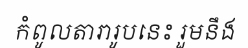
កំពូលតារារូបនេះ រួមនឹង